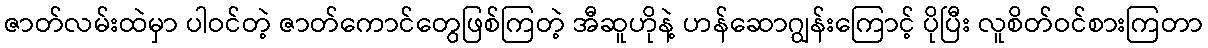
ဇာတ်လမ်းထဲမှာ ပါဝင်တဲ့ ဇာတ်ကောင်တွေဖြစ်ကြတဲ့ အီဆူဟိုနဲ့ ဟန်ဆောဂျွန်းကြောင့် ပိုပြီး လူစိတ်ဝင်စားကြတာ